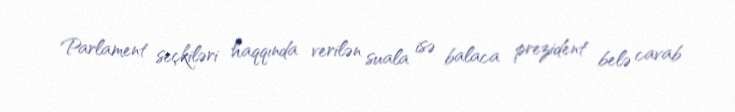
Parlament seçkiləri haqqında verilən suala isə balaca prezident belə cavab